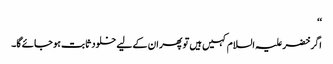
‘‘
اگر خضر علیہ السلام کہیں ہیں تو پھر ان کے لیے خلود ثابت ہو جائے گا۔